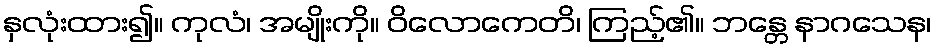
နှလုံးထား၍။ ကုလံ၊ အမျိုးကို။ ဝိလောကေတိ၊ ကြည့်၏။ ဘန္တေ နာဂသေန၊